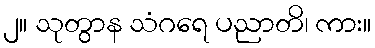
၂။ သုတွာန သံဂရေ ပညာတိ၊ ကား။